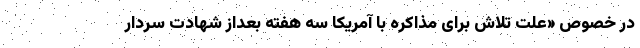
در خصوص «علت تلاش برای مذاکره با آمریکا سه هفته بعداز شهادت سردار